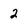
Character: 2